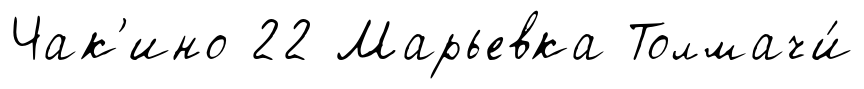
Чак'ино 22 Марьевка Толмачи́